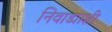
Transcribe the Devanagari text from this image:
निवाड्याशी